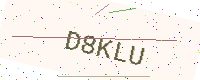
Text: D8KLU